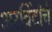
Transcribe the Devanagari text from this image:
अरविंदांचे